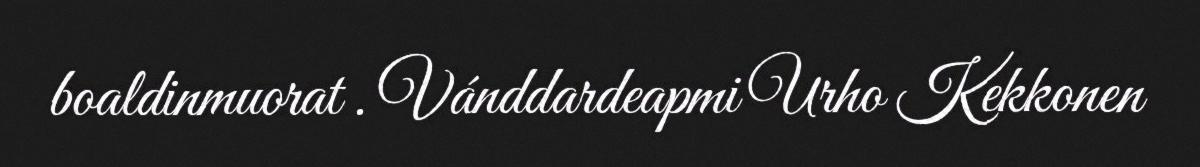
boaldinmuorat . Vánddardeapmi Urho Kekkonen